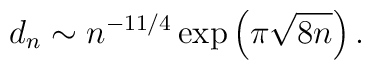
d_n\sim n^{-11/4} \exp \left (\pi\sqrt{8n}\right ).